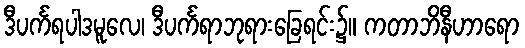
ဒီပင်္ကရပါဒမူလေ၊ ဒီပင်္ကရာဘုရားခြေရင်း၌။ ကတာဘိနီဟာရော